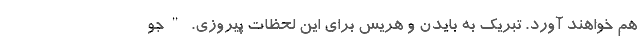
هم خواهند آورد. تبریک به بایدن و هریس برای این لحظات پیروزی. "جو